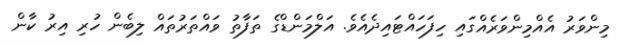
މިންވަރު އެއްމިންވަރެއްގައި ހިފަހައްޓައިދެއެވެ. އަލްމަންޑްގެ ތަފާތު ވައްތަރުތައް ލިބެން ހުރި އިރު ކާން